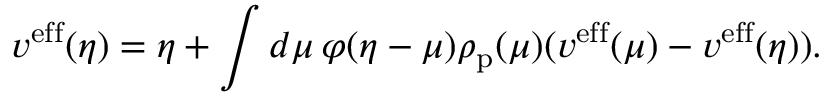
v ^ { \mathrm { e f f } } ( \eta ) = \eta + \int d \mu \, \varphi ( \eta - \mu ) \rho _ { \mathrm { p } } ( \mu ) ( v ^ { \mathrm { e f f } } ( \mu ) - v ^ { \mathrm { e f f } } ( \eta ) ) .